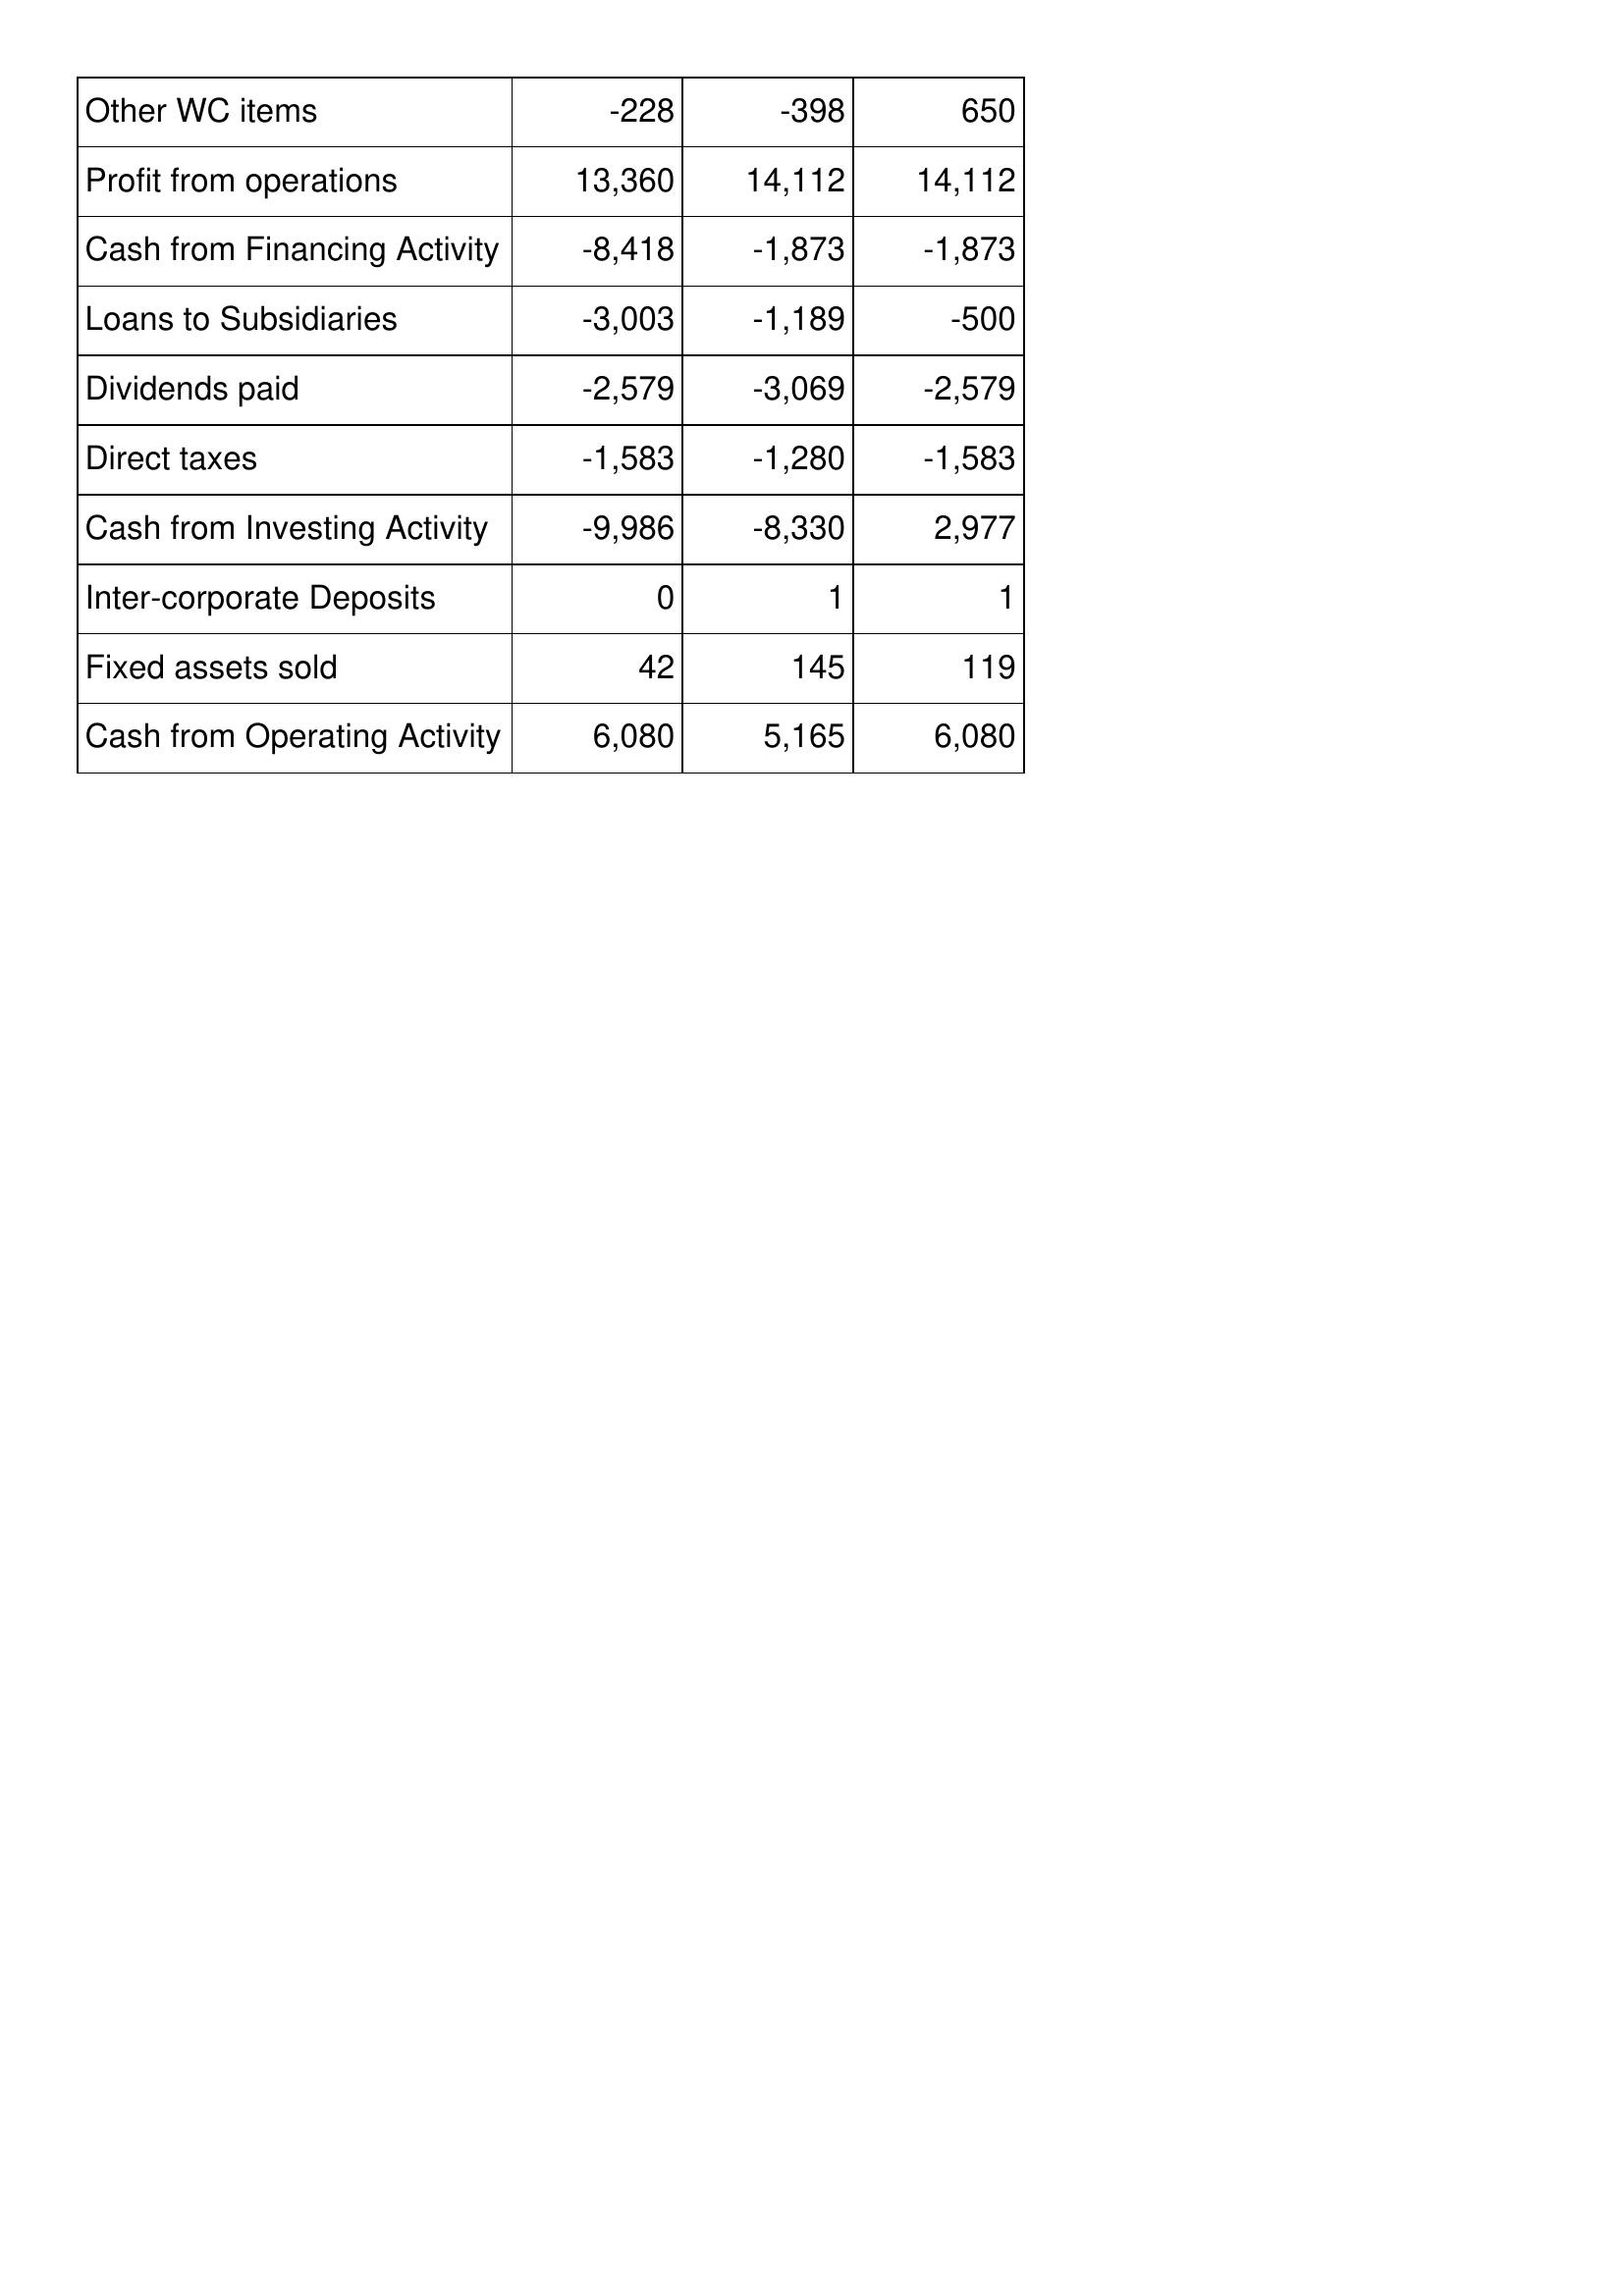
May-14: Cash Flows: Other WC items: -228
Profit from operations: 13,360
Cash from Financing Activity: -8,418
Loans to Subsidiaries: -3,003
Dividends paid: -2,579
Direct taxes: -1,583
Cash from Investing Activity: -9,986
Inter-corporate Deposits: 0
Fixed assets sold: 42
Cash from Operating Activity: 6,080
May-13: Cash Flows: Other WC items: -398
Profit from operations: 14,112
Cash from Financing Activity: -1,873
Loans to Subsidiaries: -1,189
Dividends paid: -3,069
Direct taxes: -1,280
Cash from Investing Activity: -8,330
Inter-corporate Deposits: 1
Fixed assets sold: 145
Cash from Operating Activity: 5,165
May-12: Cash Flows: Other WC items: 650
Profit from operations: 14,112
Cash from Financing Activity: -1,873
Loans to Subsidiaries: -500
Dividends paid: -2,579
Direct taxes: -1,583
Cash from Investing Activity: 2,977
Inter-corporate Deposits: 1
Fixed assets sold: 119
Cash from Operating Activity: 6,080